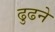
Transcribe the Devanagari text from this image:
ढुढने